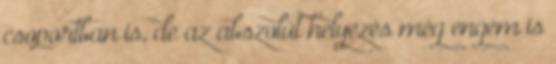
csoportban is, de az abszolút helyezés még engem is